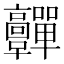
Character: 䯬